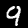
Label: 9